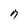
Character: n